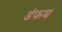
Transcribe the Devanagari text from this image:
डंफय